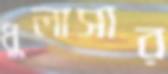
ধুলাসার